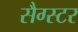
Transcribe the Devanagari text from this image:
सैग्स्टर